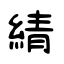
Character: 綪